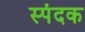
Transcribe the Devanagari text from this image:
स्पंदक